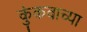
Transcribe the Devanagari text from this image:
कुंकवाच्या